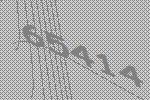
65414